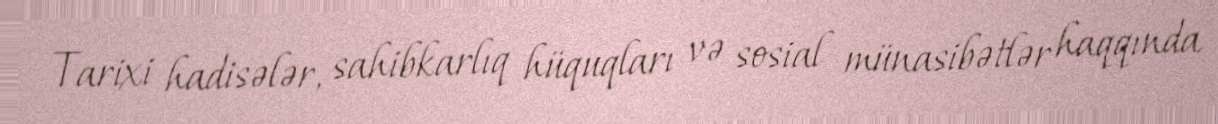
Tarixi hadisələr, sahibkarlıq hüquqları və sosial münasibətlər haqqında